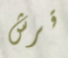
قرش